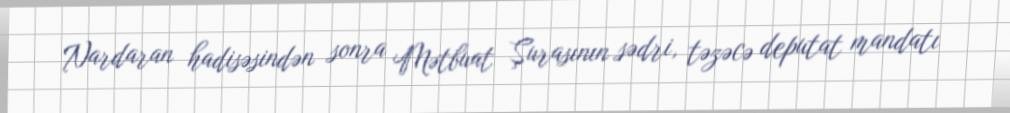
Nardaran hadisəsindən sonra Mətbuat Şurasının sədri, təzəcə deputat mandatı